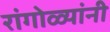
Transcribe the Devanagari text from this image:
रांगोळ्यांनी